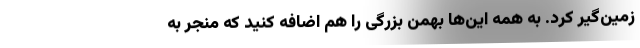
زمین‌گیر کرد. به همه این‌ها بهمن بزرگی را هم اضافه کنید که منجر به